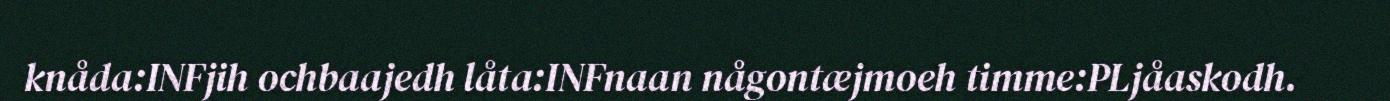
knåda:INFjih ochbaajedh låta:INFnaan någontæjmoeh timme:PLjåaskodh.